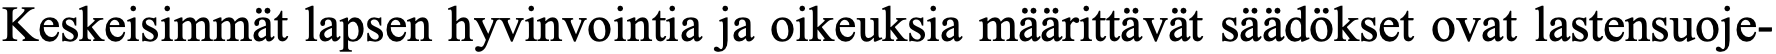
Keskeisimmät lapsen hyvinvointia ja oikeuksia määrittävät säädökset ovat lastensuoje-